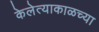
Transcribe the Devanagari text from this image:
केलेत्याकाळच्या